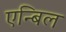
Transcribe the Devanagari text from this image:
एन्बिल